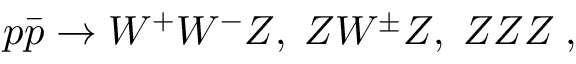
p \bar { p } \to W ^ { + } W ^ { - } Z , \; Z W ^ { \pm } Z , \; Z Z Z \; ,